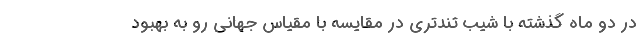
در دو ماه گذشته با شیب تندتری در مقایسه با مقیاس جهانی رو به بهبود